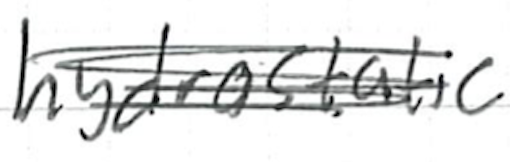
Text: hydrostatic
Cross-out: scratch
Writing tool: ballpoint